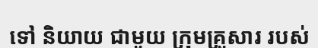
ទៅ និយាយ ជាមួយ ក្រុមគ្រួសារ របស់